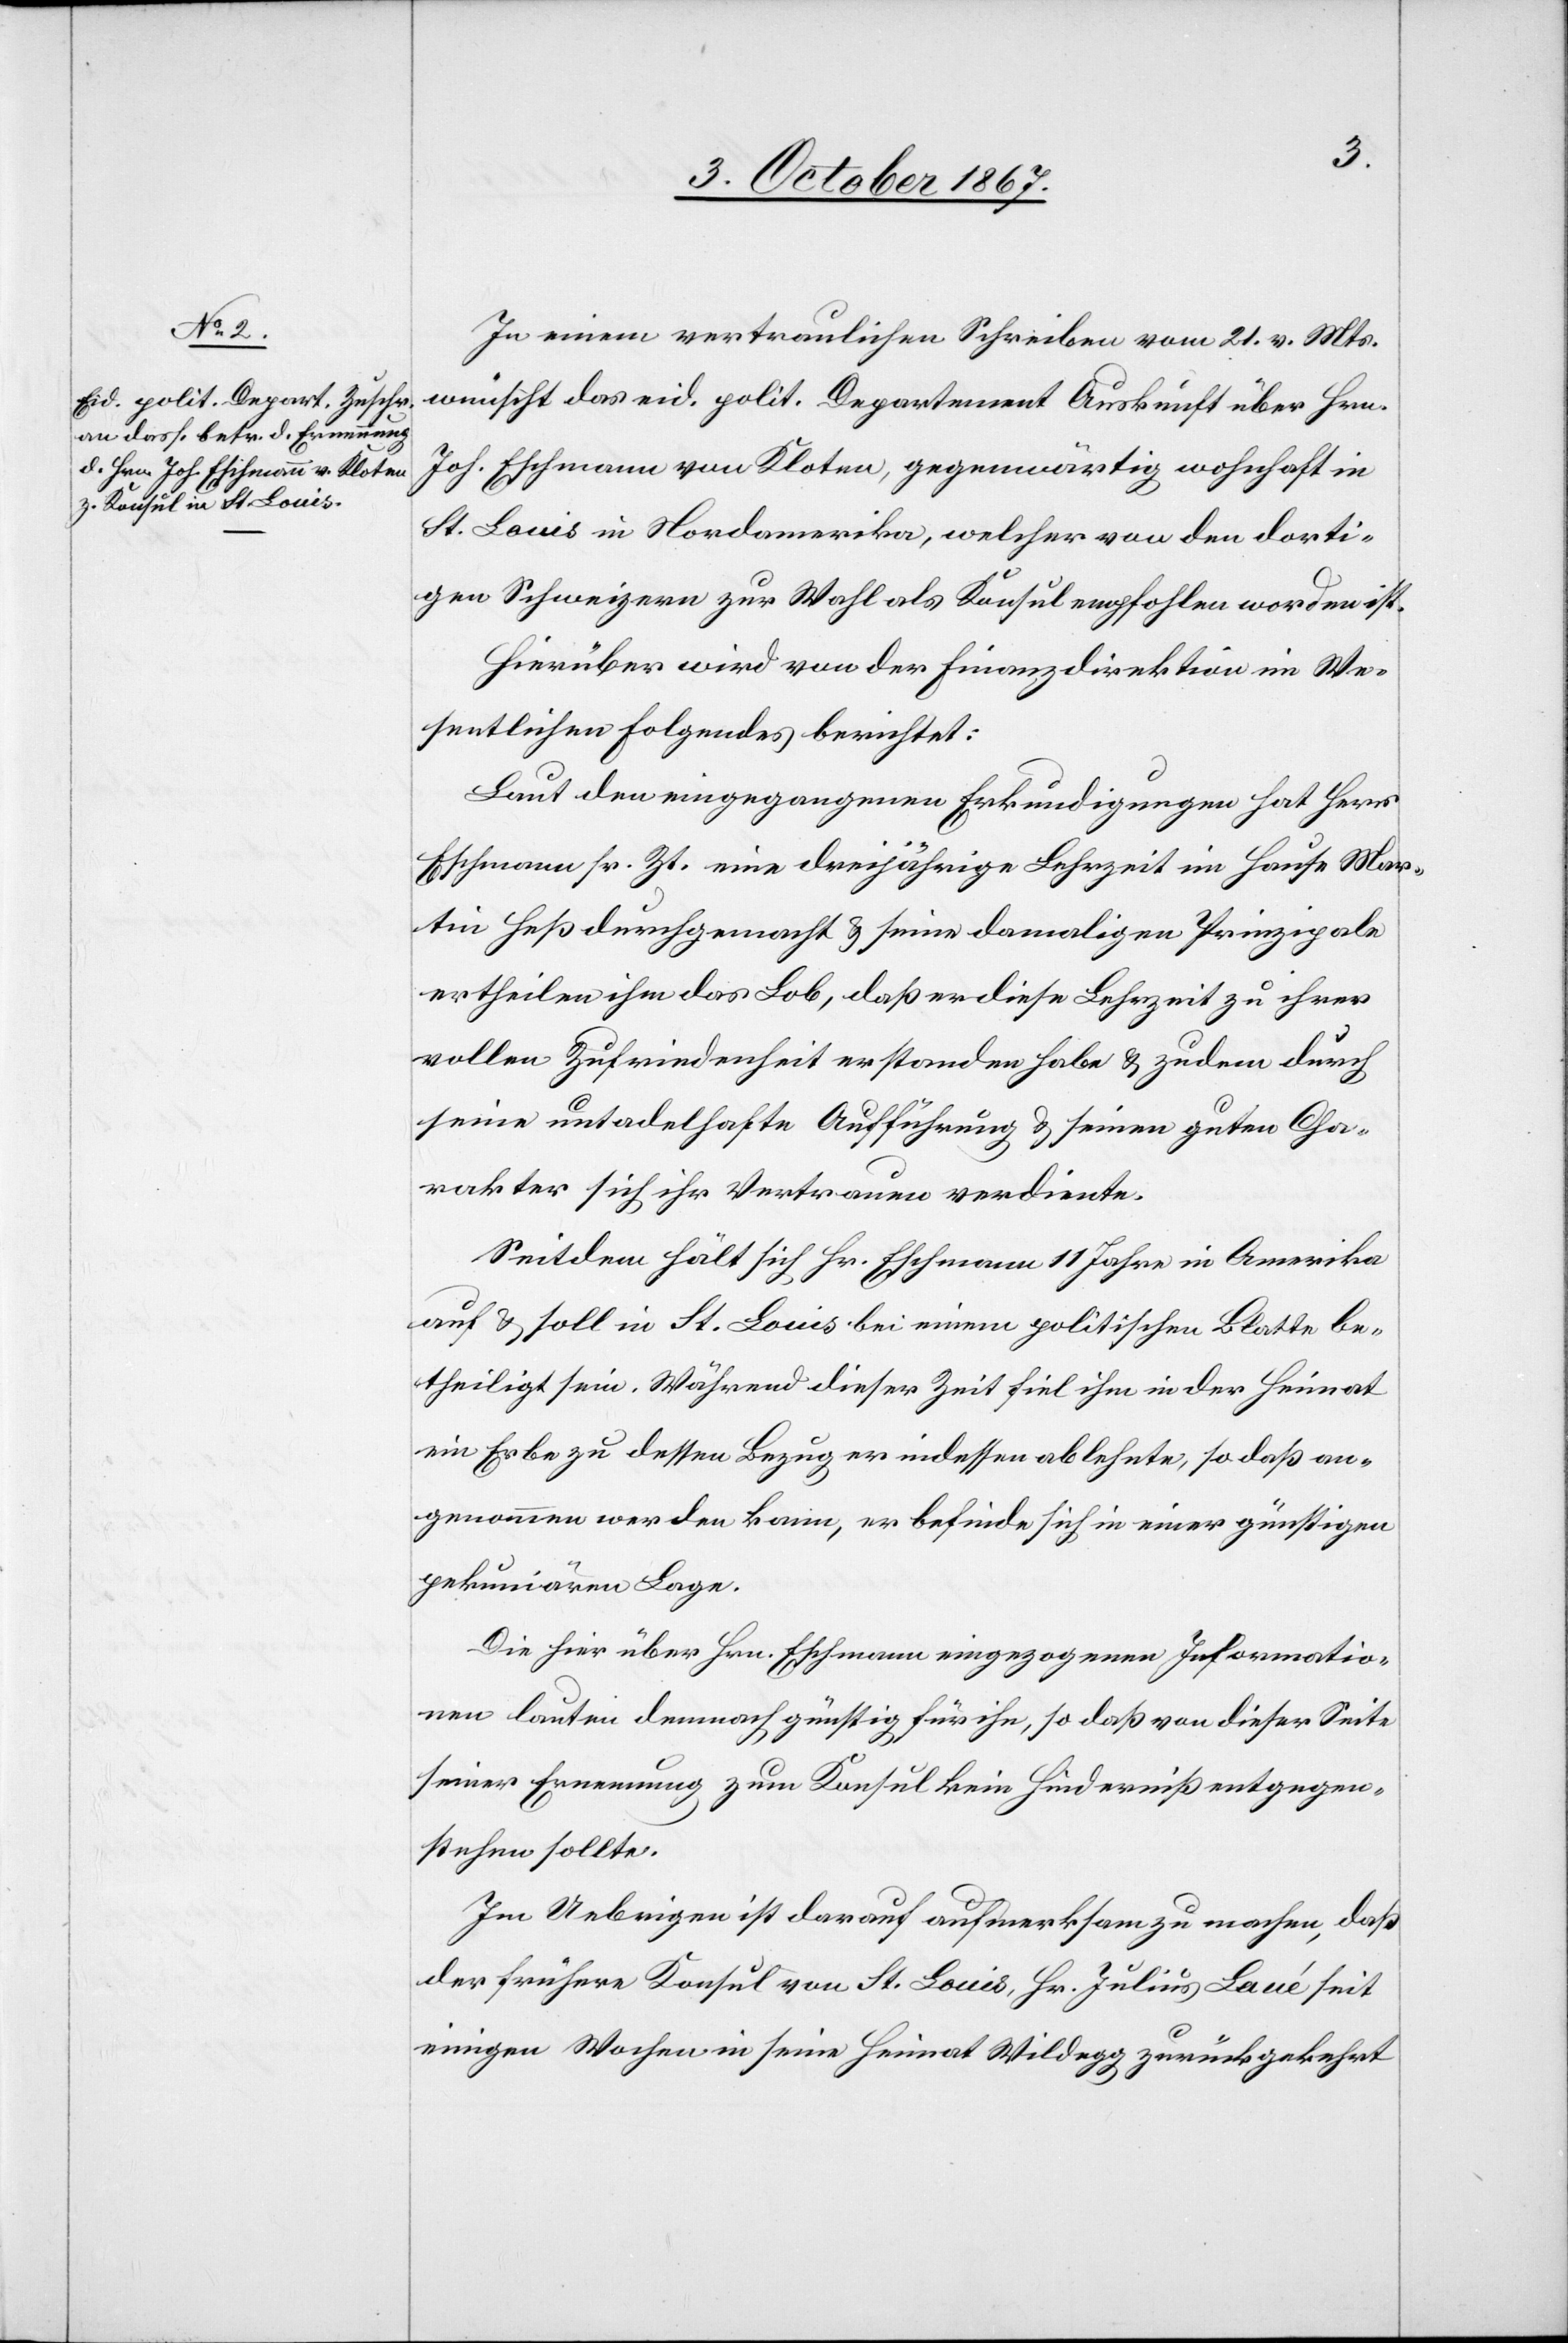
In einem vertraulichen Schreiben vom 21. v. Mts.
wünscht das eid. polit. Departement Auskunft über Hrn.
Joh. Eschmann von Kloten, gegenwärtig wohnhaft in
St. Louis in Nordamerika, welcher von den dorti¬
gen Schweizern zur Wahl als Konsul empfohlen worden ist.
Hierüber wird von der Finanzdirektion im We¬
sentlichen folgendes berichtet:
Laut den eingegangenen Erkundigungen hat Herr
Eschmann sr. Zt. eine dreijährige Lehrzeit im Hause Mar¬
tin Heß durchgemacht u. seine damaligen Prinzipale
ertheilen ihm das Lob, daß er diese Lehrzeit zu ihrer
vollen Zufriedenheit erstanden habe u. zudem durch
seine untadelhafte Aufführung u. seinen guten Cha¬
rakter sich ihr Vertrauen verdiente.
Seitdem hält sich Hr. Eschmann 11 Jahre in Amerika
auf u. soll in St. Louis bei einem politischen Blatte be¬
theiligt sein. Während dieser Zeit fiel ihm in der Heimat
ein Erbe zu dessen Bezug er indessen ablehnte, so daß an¬
genommen werden kann, er befinde sich in einer günstigen
pekuniären Lage.
Die hier über Hrn. Eschmann eingezogenen Informatio¬
nen lauten demnach günstig für ihn, so daß von dieser Seite
seiner Ernennung zum Konsul kein Hinderniß entgegen¬
stehen sollte.
Im Uebrigen ist darauf aufmerksam zu machen, daß
der frühere Konsul von St. Louis, Hr. Julius Laué seit
einigen Wochen in seine Heimat Wildegg zurückgekehrt